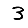
Digit: 3